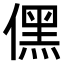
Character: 𠎁